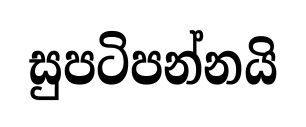
සුපටිපන්නයි